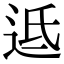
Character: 䢑